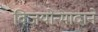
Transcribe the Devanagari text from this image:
विजयोन्मादाने